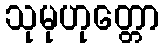
သုမုဟုတ္တော